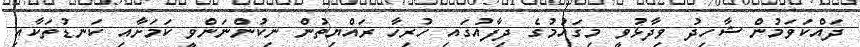
ދައްކަވަމުން ޝާހިދު ވިދާޅުވީ މިގައުމުގެ ދިފާއުގައި ހުރިހާ ރައްޔިތުން ނިކުންނަންވީ ކަމަށާއި ކަނޑުތަކާއި